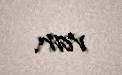
var.